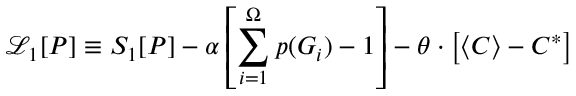
\mathcal { L } _ { 1 } [ P ] \equiv S _ { 1 } [ P ] - \alpha \left[ \sum _ { i = 1 } ^ { \Omega } p ( G _ { i } ) - 1 \right] - \theta \cdot \left[ \langle C \rangle - C ^ { * } \right]